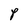
Character: P